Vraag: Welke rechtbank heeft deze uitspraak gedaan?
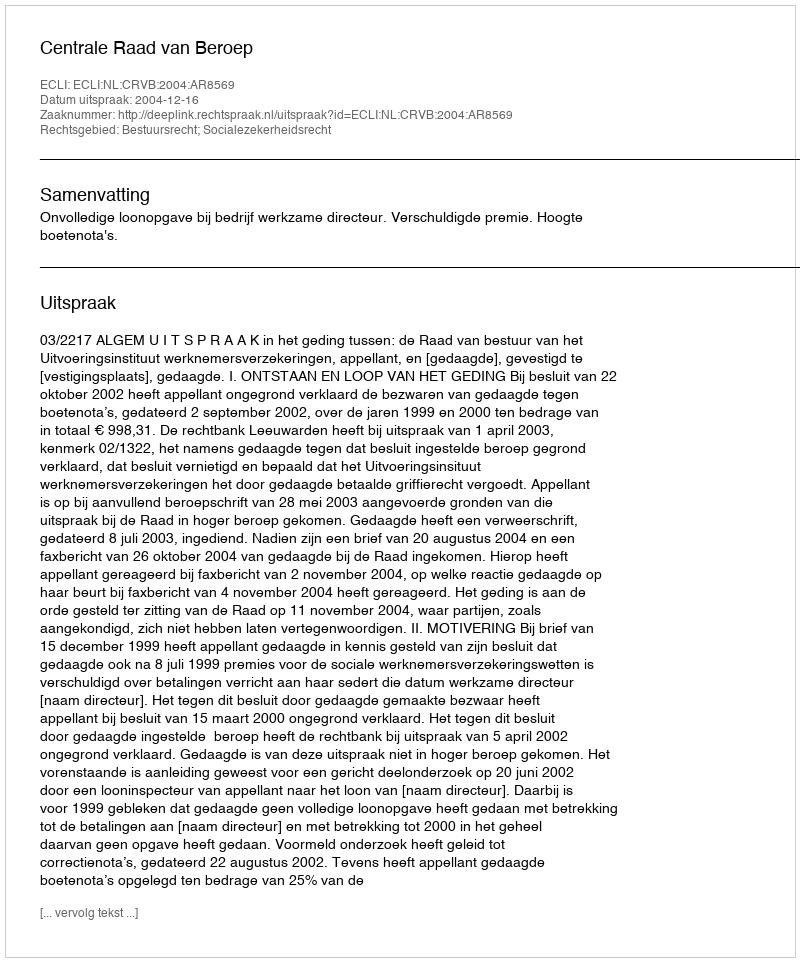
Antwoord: Centrale Raad van Beroep